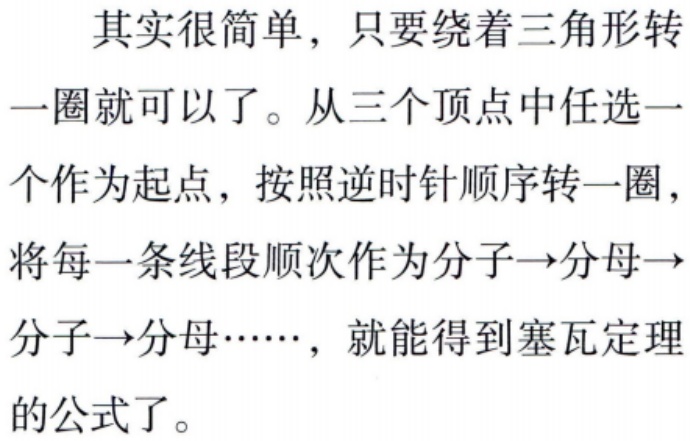
其实很简单，只要绕着三角形转一圈就可以了。从三个顶点中任选一个作为起点，按照逆时针顺序转一圈，将每一条线段顺次作为分子→分母→分子→分母……，就能得到塞瓦定理的公式了。